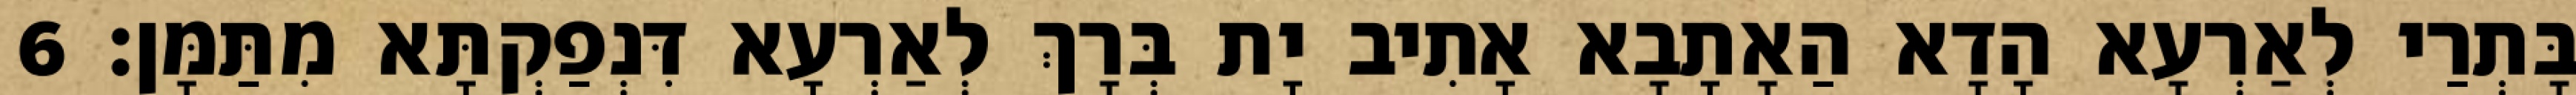
בָּתְרַי לְאַרְעָא הָדָא הַאָתָבָא אָתִיב יָת בְּרָךְ לְאַרְעָא דִּנְפַקְתָּא מִתַּמָּן׃ 6